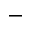
-